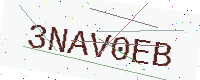
Text: 3NAV0EB